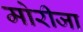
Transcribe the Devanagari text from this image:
मोरीजा